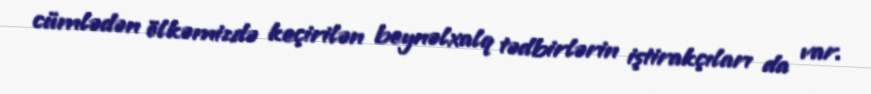
cümlədən ölkəmizdə keçirilən beynəlxalq tədbirlərin iştirakçıları da var.